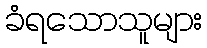
ခံရသောသူများ